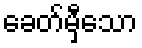
ခေတ်မှီသော